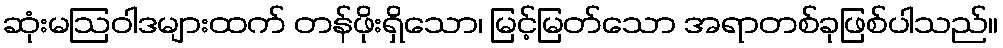
ဆုံးမဩဝါဒများထက် တန်ဖိုးရှိသော၊ မြင့်မြတ်သော အရာတစ်ခုဖြစ်ပါသည်။